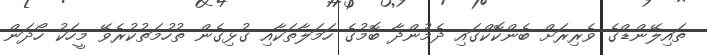
ތައިލޭންޑްގެ ވެރިރަށް ބެންކޮކްގައި ދެމުންދާ ބޮމުގެ ހަމަލާތަކާއި ގުޅިގެން ތުހުމަތުކުރެވޭ މީހަކު ހޯދަން